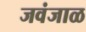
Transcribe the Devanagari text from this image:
जवंजाळ